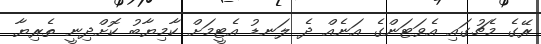
ރޭގެ މެޗުގައި އެވަޓަންގެ އަނެއް ދެ ލަނޑު އެޓީމަށް ކާމިޔާބު ކޮށްދިނީ ތެރިޔާ